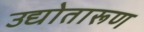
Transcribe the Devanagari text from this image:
उद्योतारूण